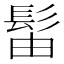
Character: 𫘼